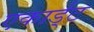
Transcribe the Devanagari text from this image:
एकार्ड्‌ट